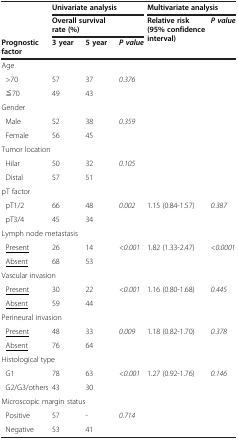
<table><thead><tr><td><b> </b></td><td colspan="3"><b>Univariate analysis</b></td><td colspan="2"><b>Multivariate analysis</b></td></tr><tr><td><b> </b></td><td colspan="2"><b>Overall survival rate (%)</b></td><td><b> </b></td><td rowspan="2"><b>Relative risk (95% confidence interval)</b></td><td><b><i>P value</i></b></td></tr><tr><td><b>Prognostic factor</b></td><td><b>3 year</b></td><td><b>5 year</b></td><td><b><i>P value</i></b></td><td><b> </b></td></tr></thead><tbody><tr><td colspan="6">Age</td></tr><tr><td> &gt;70</td><td>57</td><td>37</td><td><i>0.376</i></td><td> </td><td> </td></tr><tr><td> ≦70</td><td>49</td><td>43</td><td> </td><td> </td><td> </td></tr><tr><td>Gender</td><td> </td><td> </td><td> </td><td> </td><td> </td></tr><tr><td> Male</td><td>52</td><td>38</td><td><i>0.359</i></td><td> </td><td> </td></tr><tr><td> Female</td><td>56</td><td>45</td><td> </td><td> </td><td> </td></tr><tr><td colspan="6">Tumor location</td></tr><tr><td> Hilar</td><td>50</td><td>32</td><td><i>0.105</i></td><td> </td><td> </td></tr><tr><td> Distal</td><td>57</td><td>51</td><td> </td><td> </td><td> </td></tr><tr><td colspan="6">pT factor</td></tr><tr><td> pT1/2</td><td>66</td><td>48</td><td><i>0.002</i></td><td>1.15 (0.84-1.57)</td><td><i>0.387</i></td></tr><tr><td> pT3/4</td><td>45</td><td>34</td><td> </td><td> </td><td> </td></tr><tr><td colspan="6">Lymph node metastasis</td></tr><tr><td> <underline>Present</underline></td><td>26</td><td>14</td><td><i>&lt;0.001</i></td><td>1.82 (1.33-2.47)</td><td><i>&lt;0.0001</i></td></tr><tr><td> <underline>Absent</underline></td><td>68</td><td>53</td><td> </td><td> </td><td> </td></tr><tr><td colspan="6">Vascular invasion</td></tr><tr><td> <underline>Present</underline></td><td>30</td><td>22</td><td><i>&lt;0.001</i></td><td>1.16 (0.80-1.68)</td><td><i>0.445</i></td></tr><tr><td> <underline>Absent</underline></td><td>59</td><td>44</td><td> </td><td> </td><td> </td></tr><tr><td colspan="6">Perineural invasion</td></tr><tr><td> <underline>Present</underline></td><td>48</td><td>33</td><td><i>0.009</i></td><td>1.18 (0.82-1.70)</td><td><i>0.378</i></td></tr><tr><td> <underline>Absent</underline></td><td>76</td><td>64</td><td> </td><td> </td><td> </td></tr><tr><td colspan="6">Histological type</td></tr><tr><td> G1</td><td>78</td><td>63</td><td><i>&lt;0.001</i></td><td>1.27 (0.92-1.76)</td><td><i>0.146</i></td></tr><tr><td> G2/G3/others</td><td>43</td><td>30</td><td> </td><td> </td><td> </td></tr><tr><td colspan="6">Microscopic margin status</td></tr><tr><td> Positive</td><td>57</td><td>-</td><td><i>0.714</i></td><td> </td><td> </td></tr><tr><td> Negative</td><td>53</td><td>41</td><td> </td><td> </td><td> </td></tr></tbody></table>